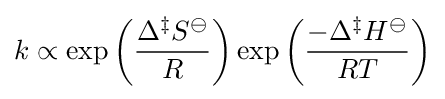
k\propto \exp \left({\frac {\Delta ^{\ddagger }S^{\ominus }}{R}}\right)\exp \left({\frac {-\Delta ^{\ddagger }H^{\ominus }}{RT}}\right)